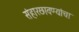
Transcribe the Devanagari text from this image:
संहारछावण्यांचा